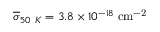
\overline { { \sigma } } _ { 5 0 ~ K } = 3 . 8 \times 1 0 ^ { - 1 8 } \; \mathrm { { c m ^ { - 2 } } }